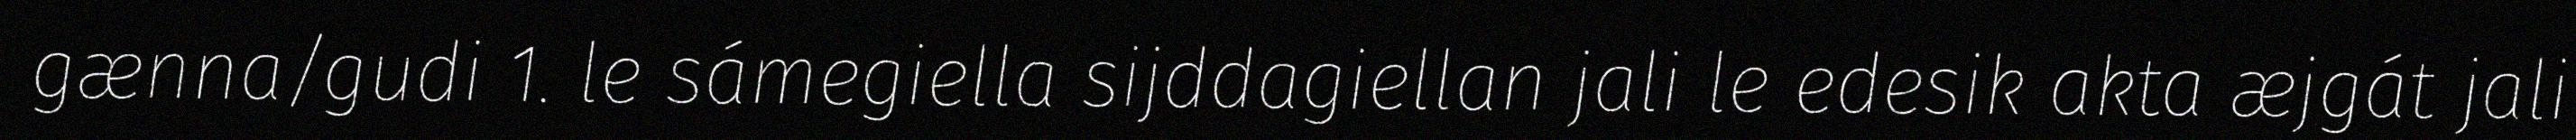
gænna/gudi 1. le sámegiella sijddagiellan jali le edesik akta æjgát jali